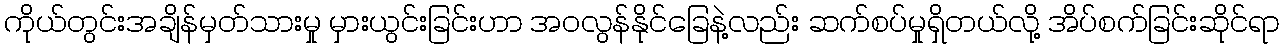
ကိုယ်တွင်းအချိန်မှတ်သားမှု မှားယွင်းခြင်းဟာ အဝလွန်နိုင်ခြေနဲ့လည်း ဆက်စပ်မှုရှိတယ်လို့ အိပ်စက်ခြင်းဆိုင်ရာ